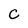
Character: C